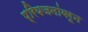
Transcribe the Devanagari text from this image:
प्रियजनांवरून